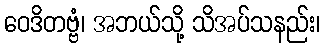
ဝေဒိတဗ္ဗံ၊ အဘယ်သို့ သိအပ်သနည်း၊